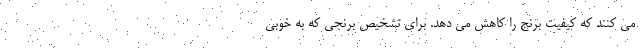
می کنند که کیفیت برنج را کاهش می دهد. برای تشخیص برنجی که به خوبی